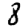
Digit: 8